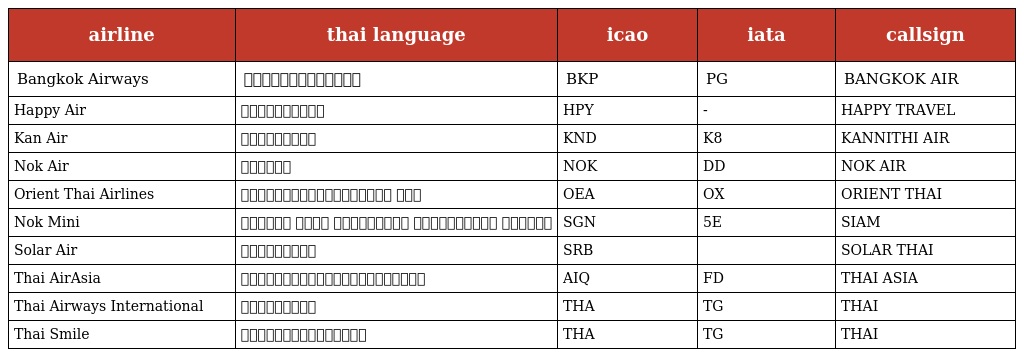
| airline | thai language | icao | iata | callsign |
 | --- | --- | --- | --- | --- |
 | Bangkok Airways | การบินกรุงเทพ | BKP | PG | BANGKOK AIR |
 | Happy Air | แฮปปี้แอร์ | HPY | - | HAPPY TRAVEL |
 | Kan Air | กานต์แอร์ | KND | K8 | KANNITHI AIR |
 | Nok Air | นกแอร์ | NOK | DD | NOK AIR |
 | Orient Thai Airlines | สายการบินโอเรียนท์ ไทย | OEA | OX | ORIENT THAI |
 | Nok Mini | บริษัท สยาม เจนเนอรัล เอวิเอชั่น จำกัด | SGN | 5E | SIAM |
 | Solar Air | โซล่าแอร์ | SRB |  | SOLAR THAI |
 | Thai AirAsia | สายการบินไทยแอร์เอเชีย | AIQ | FD | THAI ASIA |
 | Thai Airways International | การบินไทย | THA | TG | THAI |
 | Thai Smile | การบินไทยสมายล์ | THA | TG | THAI |